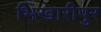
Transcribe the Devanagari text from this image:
भिखारीपुर